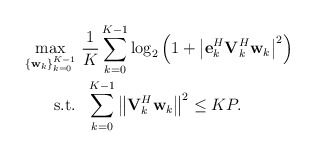
\begin{align*} \begin{aligned} \mathop {\max }\limits_{ \left\{ {{{\bf{w}}_k}} \right\}_{k = 0}^{K - 1} }& \ \frac{1}{{K}}\sum\limits_{k = 0}^{K - 1} {{{\log }_2}\left( {1 + {{\left| {{\bf{e}}_k^H{\bf{V}}_k^H{{\bf{w}}_k}} \right|}^2}} \right)}\\ {\rm{s.t.}} &\ \ \sum\limits_{k = 0}^{K - 1} {{{\left\| {{{\bf{V}}_k^H}{{\bf{w}}_k}} \right\|}^2}} \le KP. \end{aligned} \end{align*}